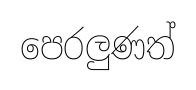
පෙරලුණත්